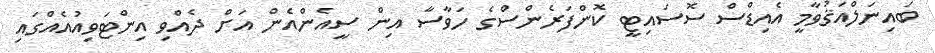
ބައިނަލްއަޤުވާމީ އެއިޑްސް ސޮސައިޓީ ކޮންފަރެންސްގެ ހަވާސާ އިން ސީއެންއެން އަށް ދެއްވި އިންޓަވިއުއެއްގައި